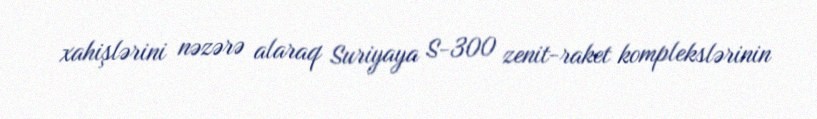
xahişlərini nəzərə alaraq Suriyaya S-300 zenit-raket komplekslərinin